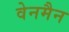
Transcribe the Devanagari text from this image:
वेनमैन